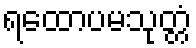
ရထောပမသုတ္တံ